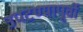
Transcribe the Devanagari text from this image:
उपटण्यापूर्वी